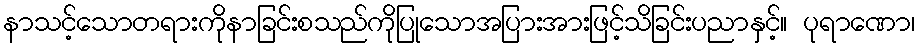
နာသင့်သောတရားကိုနာခြင်းစသည်ကိုပြုသောအပြားအားဖြင့်သိခြင်းပညာနှင့်။ ပုရာဏော၊